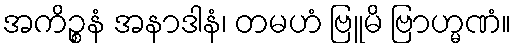
အကိဉ္စနံ အနာဒါနံ၊ တမဟံ ဗြူမိ ဗြာဟ္မဏံ။